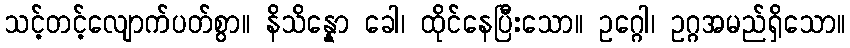
သင့်တင့်လျောက်ပတ်စွာ။ နိသိန္နော ခေါ၊ ထိုင်နေပြီးသော။ ဥဂ္ဂေါ၊ ဥဂ္ဂအမည်ရှိသော။